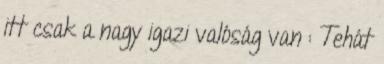
itt csak a nagy igazi valóság van : Tehát